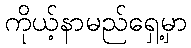
ကိုယ့်နာမည်ရှေ့မှာ